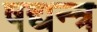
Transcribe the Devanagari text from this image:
षद्यन्त्र